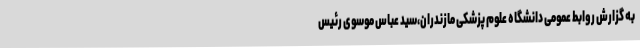
به گزارش روابط عمومی دانشگاه علوم پزشکی مازندران،سید عباس موسوی رئیس